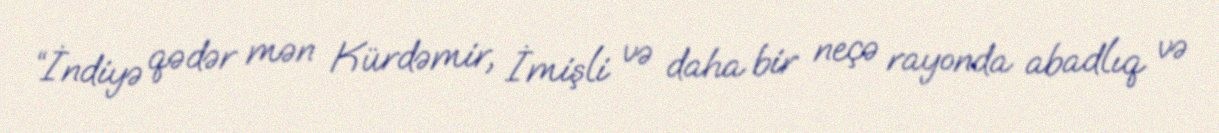
“İndiyə qədər mən Kürdəmir, İmişli və daha bir neçə rayonda abadlıq və